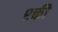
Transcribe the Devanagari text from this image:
श्क्ती